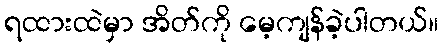
ရထားထဲမှာ အိတ်ကို မေ့ကျန်ခဲ့ပါတယ်။